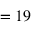
{ \o } = 1 9